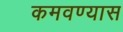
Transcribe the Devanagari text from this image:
कमवण्यास